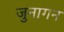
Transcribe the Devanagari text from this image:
जुनागन